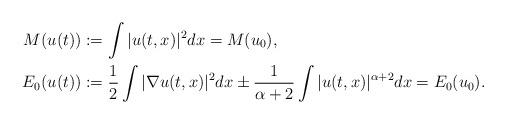
LaTeX: \begin{align*}M(u(t))&:= \int |u(t,x)|^2 dx = M(u_0), \\E_0(u(t))&:=\frac{1}{2} \int |\nabla u(t,x)|^2 dx \pm \frac{1}{\alpha+2} \int |u(t,x)|^{\alpha+2} dx = E_0(u_0). \end{align*}